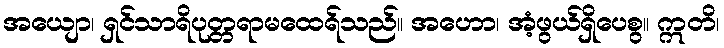
အယျော၊ ရှင်သာရိပုတ္တရာမထေရ်သည်။ အဟော၊ အံ့ဖွယ်ရှိပေစွ။ ဣတိ၊